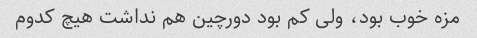
مزه خوب بود، ولی کم بود دورچین هم نداشت هیچ کدوم